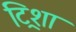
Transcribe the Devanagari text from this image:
ट्रिशा